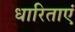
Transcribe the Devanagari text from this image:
धारिताएं